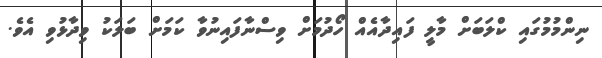
ނިންމުމުގައި ކްލަބަށް މާލީ ފައިދާއެއް ހޯދުމަށް ވިސްނާފައިނުވާ ކަމަށް ބަލަކު ވިދާޅުވި އެވެ.